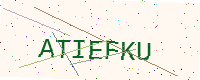
Text: ATIEFKU